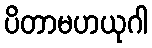
ပိတာမဟယုဂါ